Vaccination returns of the Province of Eastern Bengal and Assam - 1905-1912
Year: 1905
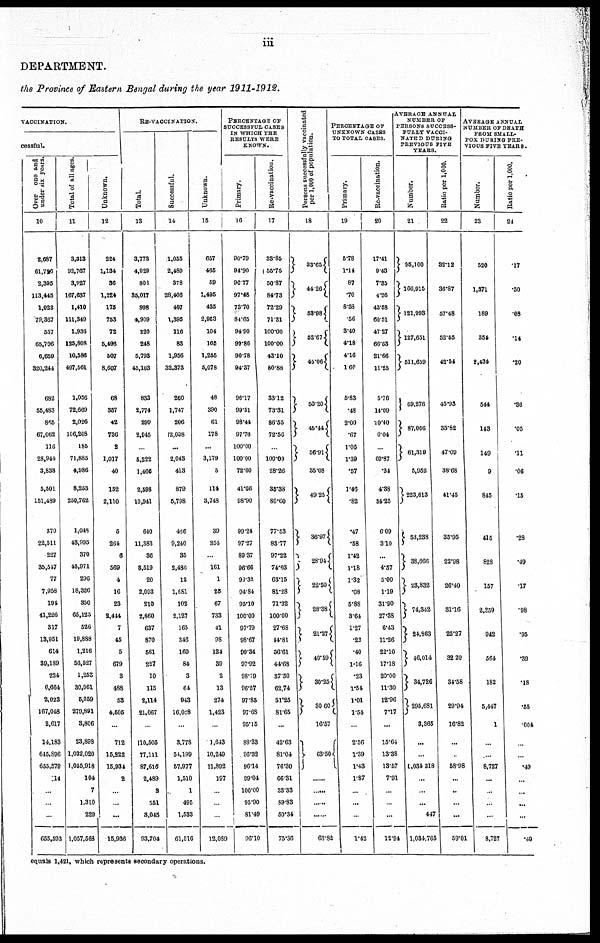
iii
DEPARTMENT.
the Province of Eastern Bengal during the year 1911-1912.
VACCINATION.
cessful.
Over one and
under six years.
10
2,687
61,796
2,395
113,445
1,022
79,367
557
65,706
6,659
320,244
682
55,483
865
67,062
118
28,944
3,838
5,501
151,489
370
22,511
227
35,547
77
7,958
194
41,226
317
13,951
614
39,189
224
6,664
2,023
167,048
2,617
14,183
645,896
655,579
14
...
...
...
655,593
Total of all ages.
11
3,313
92,767
3,927
167,637
1,410
111,349
1,936
125,808
10,586
497,561
1,056
72,669
2,026
106,208
185
71,885
4,986
8,253
250,762
1,048
43,995
370
45,971
296
18,326
350
65,123
526
19,888
1,216
56,527
1,253
30,061
5,059
279,891
3,806
23,898
1,032,020
1,055,918
104
7
1,310
229
1,057,568
Unknown.
12
224
1,134
36
1,224
175
753
72
5,496
507
8,607
68
357
42
736
2
1,017
40
152
2,110
5
264
6
569
4
16
23
2,444
7
45
5
679
3
488
53
4,505
...
712
15,222
15,934
2
...
...
...
15,936
RE-VACCINATION.
Total.
13
3,773
4,929
800
35,017
998
4,909
220
248
5,793
45,103
833
2,774
299
2,945
...
5,222
1,466
2,598
10,941
640
11,383
36
3,519
20
2,093
210
2,860
637
870
561
227
10
115
2,114
21,067
...
10,505
77,111
87,616
2,489
3
551
3,045
93,704
Successful.
14
1,055
2,489
378
28,406
407
1,395
116
83
1,956
32,373
260
1,747
206
12,008
...
2,043
413
879
5,798
466
9,240
35
2,486
12
1,681
102
2,127
165
346
160
84
3
64
943
16,028
...
3,778
54,199
57,977
1,510
1
495
1,533
61,516
Unknown.
15
657
465
59
1,495
435
2,953
104
165
1,255
5,078
48
390
61
178
...
3,179
5
114
3,748
39
354
...
161
1
25
67
733
41
98
124
39
2
13
274
1,423
...
1,643
10,249
11,892
197
...
...
...
12,089
PERCENTAGE OF
SUCCESSFUL CASES
IN WHICH THE
RESULTS WERE
KNOWN.
Primary.
16
90.79
94.90
96.77
97.48
73.70
84.65
94.90
99.86
90.78
94.37
96.17
99.51
98.44
97.76
100.00
100.00
72.60
41.66
98.90
99.24
97.27
89.37
96.66
99.38
94.84
95.10
100.00
97.79
98.67
99.34
97.92
98.19
96.57
97.85
97.68
95.15
88.33
96.32
96.14
99.04
100.00
95.90
81.49
96.10
Re-vaccination.
17
33.85
55.75
50.87
84.73
72.29
71.31
100.00
100.00
43.10
80.88
33.12
73.31
86.55
72.56
...
100.00
28.26
35.38
80.60
77.53
83.77
97.22
74.03
63.15
81.28
71.32
100.00
27.68
14.81
36.61
44.68
37.50
62.74
51.25
81.65
...
42.63
81.04
76.30
66.31
33.33
89.83
50.34
75.36
Persons successfully vaccinated
per 1,000 of population.
18
33.65
44.26
52.98
52.67
45.06
50.20
45.44
56.91
35.08
49.25
36.97
28.94
22.50
28.38
21.27
40.59
30.25
30.60
16.57
63.50
......
63.82
PERCENTAGE OF
UNKNOWN CASES
TO TOTAL CASES.
Primary.
19
5.78
1.14
87
.70
8.33
.56
3.40
4.18
4.16
1.60
5.83
.48
2.00
.67
1.06
1.39
.57
1.46
.82
.47
.58
1.42
1.18
1.32
.08
5.88
3.64
1.27
.22
.40
1.16
.23
1.54
1.01
1.54
...
2.56
1.39
1.43
1.87
...
...
...
1.42
Re-vaccination.
20
17.41
9.43
7.35
4.26
43.53
60.51
47.27
66.53
21.66
11.25
5.76
14.09
20.40
6.04
...
60.87
.34
4.38
34.25
6.09
3.10
...
4.57
5.00
1.19
31.90
27.38
6.43
11.26
22.10
17.18
20.00
11.30
12.96
7.17
...
15.64
13.38
13.57
7.91
...
...
...
12.94
AVERAGE ANNUAL
NUMBER OF
PERSONS SUCCESS-
FULLY VACCI-
----- DURING
PREVIOUS FIVE
YEARS.
Number.
21
95,100
166,915
121,993
127,651
511,659
69,276
87,066
61,319
5,952
223,613
53,238
38,666
23,832
74,342
24,863
46,014
34,726
295,681
3,365
...
...
1,034 318
...
...
...
447
1,034,765
Ratio per 1,000.
22
32.12
36.87
57.48
52.55
42.54
45.93
35.82
47.09
38.68
41.45
35.95
22.98
26.40
31.16
25.27
32.20
31.58
29.94
16.82
...
...
58.98
...
...
...
...
59.01
AVERAGE ANNUAL
NUMBER OF DEATH
FROM SMALL-
POX DURING PRE-
VIOUS FIVE YEARS.
Number.
23
520
1,371
189
354
2,434
544
143
149
9
845
415
828
157
2,359
942
564
182
5,447
1
...
...
8,727
...
...
...
...
8,727
Ratio per 1,000.
24
.17
.30
.08
.14
.20
.36
.05
.11
.06
.15
.28
.49
.17
.98
.95
.39
.18
.55
004
...
...
.49
...
...
...
...
.49
equals 1,421, which represents secondary operations.